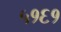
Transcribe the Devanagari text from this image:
५१६१